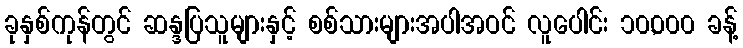
ခုနှစ်ကုန်တွင် ဆန္ဒပြသူများနှင့် စစ်သားများအပါအဝင် လူပေါင်း ၁၀,၀၀၀ ခန့်